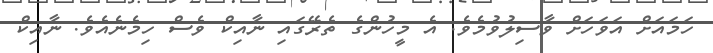
ހަމައަށް އަވަހަށް ވާސިލުވުމެވެ. އެ މީހުންގެ ތެރޭގައި ނާއިކް ވެސް ހިމެނެއެވެ. ނާއިކް